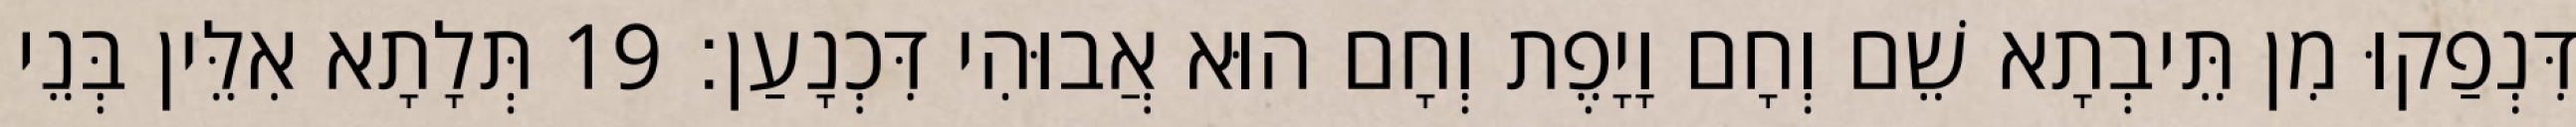
דִּנְפַקוּ מִן תֵּיבְתָא שֵׁם וְחָם וָיָפֶת וְחָם הוּא אֲבוּהִי דִּכְנָעַן׃ 19 תְּלָתָא אִלֵּין בְּנֵי